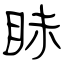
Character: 眛